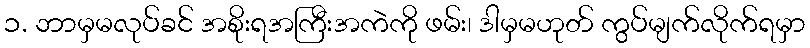
၁. ဘာမှမလုပ်ခင် အစိုးရအကြီးအကဲကို ဖမ်း၊ ဒါမှမဟုတ် ကွပ်မျက်လိုက်ရမှာ